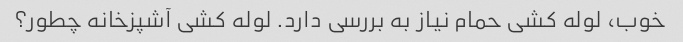
خوب، لوله کشی حمام نیاز به بررسی دارد. لوله کشی آشپزخانه چطور؟